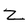
Character: z